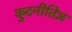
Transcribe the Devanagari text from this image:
कुटनीतिज्ञ